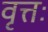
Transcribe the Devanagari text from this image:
वृत्तः